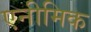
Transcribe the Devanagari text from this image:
एनीमिक